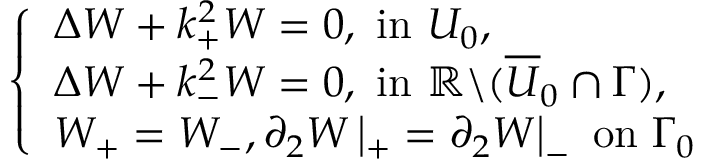
\left\{ \begin{array} { l l } { \Delta W + k _ { + } ^ { 2 } W = 0 , \mathrm { ~ i n ~ } U _ { 0 } , } \\ { \Delta W + k _ { - } ^ { 2 } W = 0 , \mathrm { ~ i n ~ } \mathbb { R } \backslash ( \overline { { U } } _ { 0 } \cap \Gamma ) , } \\ { W _ { + } = W _ { - } , \partial _ { 2 } W \left| _ { + } = \partial _ { 2 } W \right| _ { - } \mathrm { ~ o n ~ } \Gamma _ { 0 } } \end{array} \right.